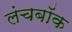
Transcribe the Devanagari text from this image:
लंचबॉक